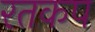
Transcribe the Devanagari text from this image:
रतकप